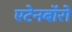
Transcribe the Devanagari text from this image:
एटेनबॉरो